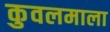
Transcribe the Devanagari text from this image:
कुवलमाला